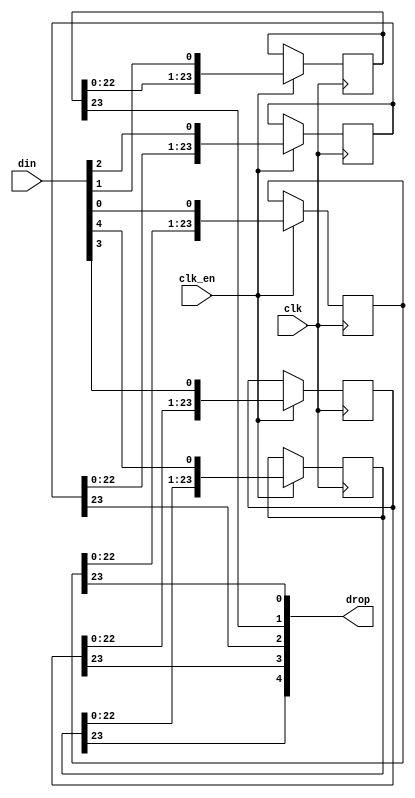
/*  This file is part of JTFRAME.
    JTFRAME program is free software: you can redistribute it and/or modify
    it under the terms of the GNU General Public License as published by
    the Free Software Foundation, either version 3 of the License, or
    (at your option) any later version.

    JTFRAME program is distributed in the hope that it will be useful,
    but WITHOUT ANY WARRANTY; without even the implied warranty of
    MERCHANTABILITY or FITNESS FOR A PARTICULAR PURPOSE.  See the
    GNU General Public License for more details.

    You should have received a copy of the GNU General Public License
    along with JTFRAME.  If not, see <http://www.gnu.org/licenses/>.

    Author: Jose Tejada Gomez. Twitter: @topapate
    Version: 1.0
    Date: 27-10-2017 */

module jtframe_sh #(parameter width=5, stages=24 )
(
    input                           clk,
    input                           clk_en,
    input       [width-1:0]         din,
    output      [width-1:0]         drop
);

reg [stages-1:0] bits[width-1:0];

generate
    genvar i;
    for (i=0; i < width; i=i+1) begin: bit_shifter
        always @(posedge clk) if(clk_en) begin
                bits[i] <= {bits[i][stages-2:0], din[i]};
            end
        assign drop[i] = bits[i][stages-1];
    end
endgenerate

endmodule